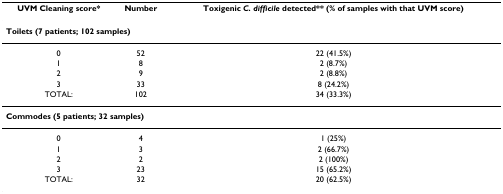
<table><thead><tr><td><b>UVM Cleaning score*</b></td><td><b>Number</b></td><td><b>Toxigenic <i>C. difficile </i>detected** (% of samples with that UVM score)</b></td></tr></thead><tbody><tr><td colspan="3"><b>Toilets (7 patients; 102 samples)</b></td></tr><tr><td>0</td><td>52</td><td>22 (41.5%)</td></tr><tr><td>1</td><td>8</td><td>2 (8.7%)</td></tr><tr><td>2</td><td>9</td><td>2 (8.8%)</td></tr><tr><td>3</td><td>33</td><td>8 (24.2%)</td></tr><tr><td>TOTAL:</td><td>102</td><td>34 (33.3%)</td></tr><tr><td colspan="3"><b>Commodes (5 patients; 32 samples)</b></td></tr><tr><td>0</td><td>4</td><td>1 (25%)</td></tr><tr><td>1</td><td>3</td><td>2 (66.7%)</td></tr><tr><td>2</td><td>2</td><td>2 (100%)</td></tr><tr><td>3</td><td>23</td><td>15 (65.2%)</td></tr><tr><td>TOTAL:</td><td>32</td><td>20 (62.5%)</td></tr></tbody></table>